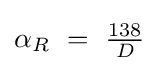
{\begin{matrix}\alpha _{R}\ =\ {\frac {138}{D}}\end{matrix}}